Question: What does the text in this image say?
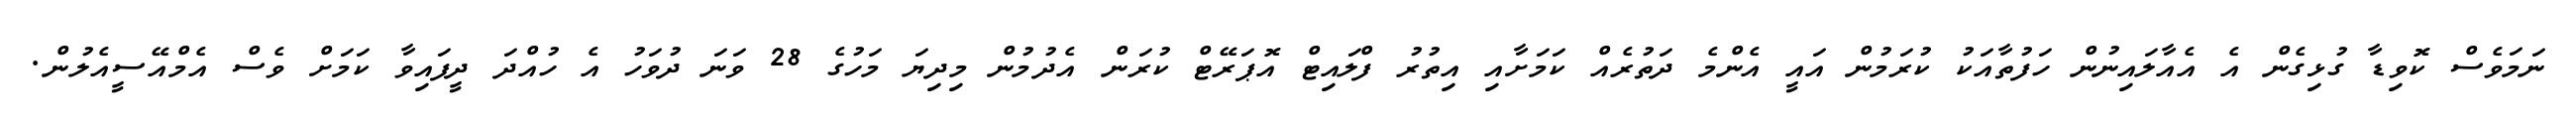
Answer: ނަމަވެސް ކޮވިޑާ ގުޅިގެން އެ އެއާލައިނުން ހަފުތާއަކު ކުރަމުން އައީ އެންމެ ދަތުރެއް ކަމަށާއި އިތުރު ފްލައިޓް އޮޕަރޭޓް ކުރަން އެދުމުން މިދިޔަ މަހުގެ 28 ވަނަ ދުވަހު އެ ހުއްދަ ދީފައިވާ ކަމަށް ވެސް އެމްއޭސީއެލުން.